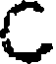
C